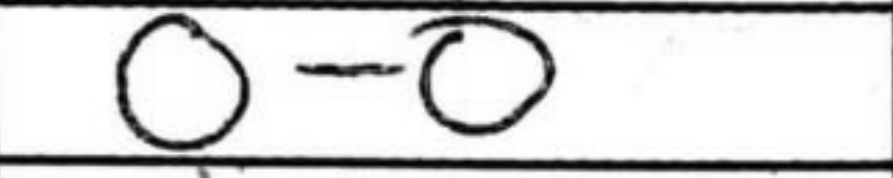
Transcription: O-O